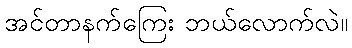
အင်တာနက်ကြေး ဘယ်လောက်လဲ။